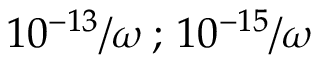
1 0 ^ { - 1 3 } / \omega \, ; \, 1 0 ^ { - 1 5 } / \omega